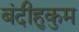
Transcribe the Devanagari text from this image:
बंदीहुकुम